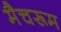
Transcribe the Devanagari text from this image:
मैचरूम